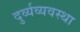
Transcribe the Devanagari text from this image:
दुर्व्यव्यवस्था